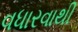
વધારવાથી